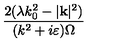
\frac { 2 ( \lambda k _ { 0 } ^ { 2 } - | \mathbf { k } | ^ { 2 } ) } { ( k ^ { 2 } + i \varepsilon ) \Omega }